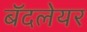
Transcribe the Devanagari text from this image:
बॅदलेयर